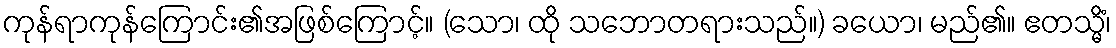
ကုန်ရာကုန်ကြောင်း၏အဖြစ်ကြောင့်။ (သော၊ ထို သဘောတရားသည်။) ခယော၊ မည်၏။ ဧတသ္မိံ၊